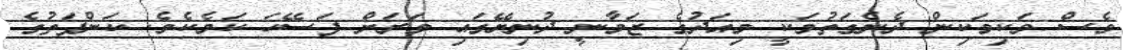
ވެސް ވަކިވަކިން ދެނެގަތުމަކީ މިއަދުގެ ޒަމާނީ ދުނިޔޭގައި ވަރަށް ފަސޭހަ ކަމެކެވެ. ކަންފަތުގެ